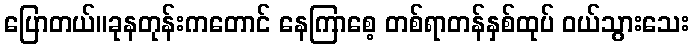
ပြောတယ်။ခုနတုန်းကတောင် နေကြာစေ့ တစ်ရာတန်နှစ်ထုပ် ဝယ်သွားသေး